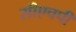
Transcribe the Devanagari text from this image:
सीएचपी